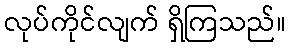
လုပ်ကိုင်လျက် ရှိကြသည်။